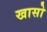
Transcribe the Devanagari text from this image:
खासो